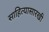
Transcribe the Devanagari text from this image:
साहित्यासारखी